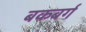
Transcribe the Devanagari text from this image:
बकबर्ग